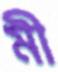
মী